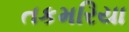
તકમરિયા